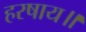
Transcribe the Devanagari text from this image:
हरषाय॥